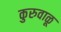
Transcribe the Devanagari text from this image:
कुरुवाळू